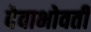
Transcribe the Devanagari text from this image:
देवाभोवती